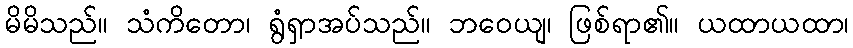
မိမိသည်။ သံကိတော၊ ရွံရှာအပ်သည်။ ဘဝေယျ၊ ဖြစ်ရာ၏။ ယထာယထာ၊